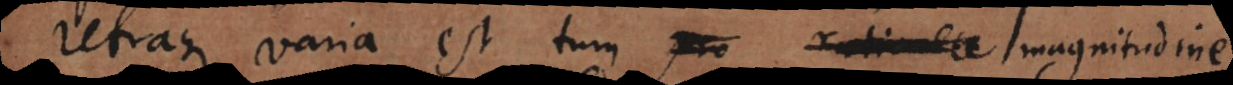
Utraque varia est tum pro ratione magnitudine